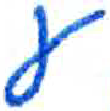
אות: ע